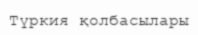
Түркия қолбасылары